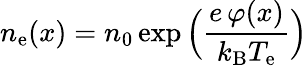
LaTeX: n_{\mathrm{e}}(x)=n_{0}\exp{\Big(}{\frac{e\, \varphi(x)}{k_{\mathrm{B}}T_{\mathrm{e}}}}{\Big)}